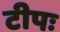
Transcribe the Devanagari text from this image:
टीपः